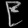
Digit: ၉